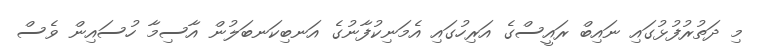
މި ދަތުރުފުޅުގައި ނައިބް ރައީސްގެ އަރިހުގައި އެމަނިކުފާނުގެ އަނބިކަނބަލުން އާސިމާ ހުސައިން ވެސް